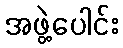
အဖွဲ့ပေါင်း